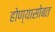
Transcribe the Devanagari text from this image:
होण्यासोबत